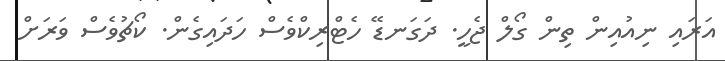
އަރައި ނިއުއިން ތިން ގޯލް ޖެހީ. ދަގަނޑޭ ހެޓްރިކްވެސް ހަދައިގެން. ކޯޗުވެސް ވަރަށް